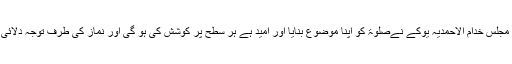
اس سال مجلس خدام الاحمدیہ یوکے نےصلٰوۃ کو اپنا موضوع بنایا اور امید ہے ہر سطح پر کوشش کی ہو گی اور نماز کی طرف توجہ دلائی ہو گی ۔